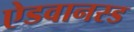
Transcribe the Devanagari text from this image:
ऐडवानस्ड